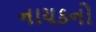
નાયકનો